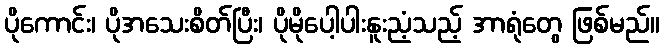
ပိုကောင်း၊ ပိုအသေးစိတ်ပြီး၊ ပိုမိုပေါ့ပါးနူးညံ့သည့် အာရုံတွေ ဖြစ်မည်။